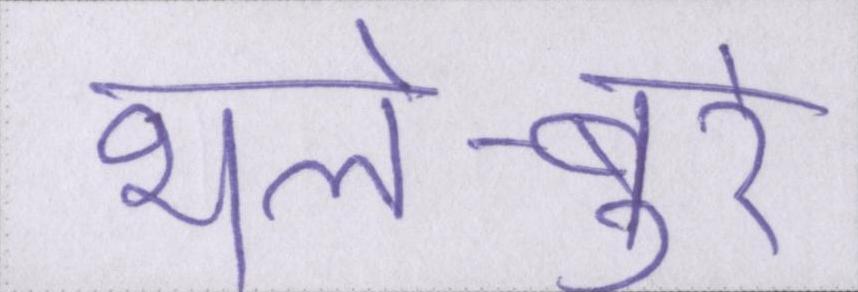
भले-बुरे